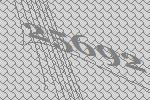
25692